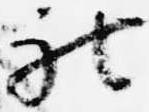
被